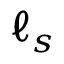
\ell _ { s }